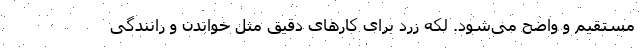
مستقیم و واضح می‌شود. لکه زرد برای کارهای دقیق مثل خواندن و رانندگی